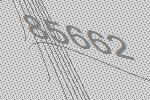
85662